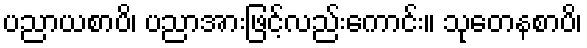
ပညာယစာပိ၊ ပညာအားဖြင့်လည်းကောင်း။ သုတေနစာပိ၊